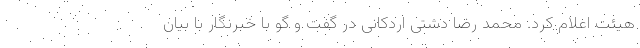
هیئت اعلام کرد. محمد رضا دشتی اردکانی در گفت و گو با خبرنگار با بیان